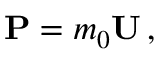
\mathbf { P } = m _ { 0 } \mathbf { U } \, ,